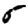
Digit: 5